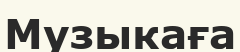
Музыкаға